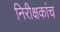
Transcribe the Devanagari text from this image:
निरीक्षकांच